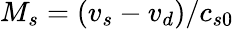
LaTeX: M_{s}=(v_{s}-v_{d})/c_{s0}